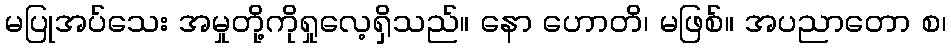
မပြုအပ်သေး အမှုတို့ကိုရှုလေ့ရှိသည်။ နော ဟောတိ၊ မဖြစ်။ အပညာတော စ၊